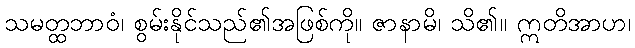
သမတ္ထဘာဝံ၊ စွမ်းနိုင်သည်၏အဖြစ်ကို။ ဇာနာမိ၊ သိ၏။ ဣတိအာဟ၊